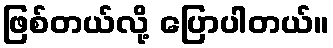
ဖြစ်တယ်လို့ ပြောပါတယ်။